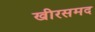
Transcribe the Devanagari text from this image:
खीरसमद